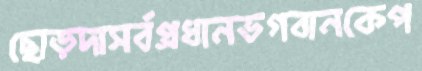
ছোড়দাসর্বপ্রধানভগবানকেপ